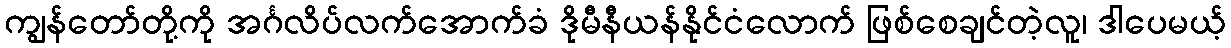
ကျွန်တော်တို့ကို အင်္ဂလိပ်လက်အောက်ခံ ဒိုမီနီယန်နိုင်ငံလောက် ဖြစ်စေချင်တဲ့လူ၊ ဒါပေမယ့်